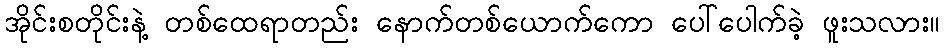
အိုင်းစတိုင်းနဲ့ တစ်ထေရာတည်း နောက်တစ်ယောက်ကော ပေါ်ပေါက်ခဲ့ ဖူးသလား။